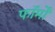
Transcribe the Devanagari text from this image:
फाॅर्मों